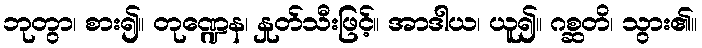
ဘုတွာ၊ စား၍။ တုဏ္ဍေန၊ နှုတ်သီးဖြင့်။ အာဒါယ၊ ယူ၍။ ဂစ္ဆတိ၊ သွား၏။